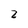
Character: 2